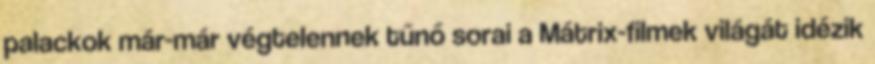
palackok már-már végtelennek tűnő sorai a Mátrix-filmek világát idézik